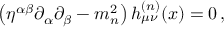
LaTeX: \left( \eta ^ { \alpha \beta } \partial _ { \alpha } \partial _ { \beta } - m _ { n } ^ { 2 } \right) h _ { \mu \nu } ^ { ( n ) } ( x ) = 0 \, ,